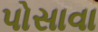
પોસાવા